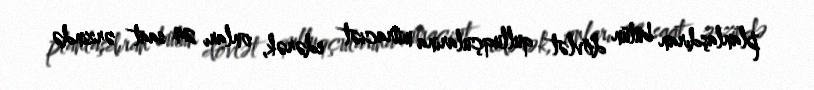
planlaşdıran bütün dövlət qulluqçularına müraciət edərək, onları 24 saat ərzində